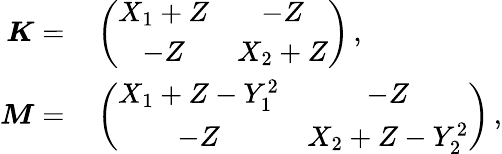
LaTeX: \begin{array}{rl}{\boldsymbol{K}=}&{{}\left(\begin{array}{cc}{X_{1}+Z}&{-Z}\\ {-Z}&{X_{2}+Z}\end{array}\right)\, ,}\\ {\boldsymbol{M}=}&{{}\left(\begin{array}{cc}{X_{1}+Z-Y_{1}^{2}}&{-Z}\\ {-Z}&{X_{2}+Z-Y_{2}^{2}}\end{array}\right)\, ,}\end{array}